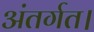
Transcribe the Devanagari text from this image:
अंतर्गत।